Civil Veterinary Department. United Provinces 1923-31 - 1923-1931
Year: 1923
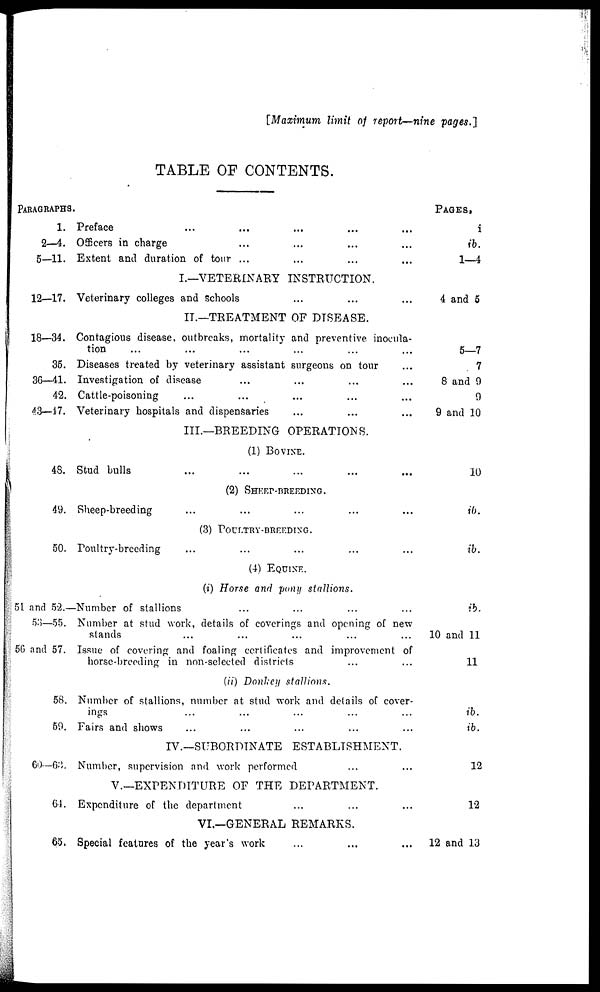
[Maximum limit of report—nine pages.]
TABLE OF CONTENTS.
PARAGRAPHS.
1.
2—4.
5—11.
Preface ... ... ... ...
Officers in charge ... ... ... ...
Extent and duration of tour ... ... ... ...
Pages,
i
ib.
1—4
I.—VETERINARY INSTRUCTION.
12-17. Veterinary colleges and schools ... ... ...
4 and 5
II.—TREATMENT OF DISEASE.
18-34.
35.
36-41.
42.
43—17.
Contagious disease, outbreaks, mortality and preventive inocula-
tion ... ... ... ... ... ...
Diseases treated by veterinary assistant surgeons on tour ...
Investigation of disease ... ... ... ... ...
Cattle-poisoning ... ... ... ... ...
Veterinary hospitals and dispensaries ... ... ...
5—7
7
8 and 9
9
9 and 10
III.—BREEDING OPERATIONS.
(1) BOVINE.
48. Stud bulls ... ... ... ... ...
10
(2) SHEET-BREEDING.
49. Sheep-breeding ... ... ... ... ...
ib.
(3) POULTRY-BREEDING.
50. Poultry-breeding ... ... ... ... ...
ib.
(4) EQUINE.
(i) Horse and pony stallions.
51 and 52.—
53—55.
5G and 57.
Number of stallions ... ... ... ...
Number at stud work, details of coverings and opening of new
stands ... ... ... ... ...
Issue of covering and foaling certificates and improvement of
horse-breeding in non-selected districts ... ...
ib.
10 and 11
11
(ii) Donkey stallions.
58.
59.
Number of stallions, number at stud work and details of cover-
ings ... ... ... ... ...
Fairs and shows ... ... ... ... ...
ib.
ib.
IV.—SUBORDINATE ESTABLISHMENT.
60—62. Number, supervision and work performed ... ...
12
V.—EXPENDITURE OF THE DEPARTMENT.
61. Expenditure of the department ... ... ...
12
VI.—GENERAL REMARKS.
65. Special features of the year's work ... ... ...
12 and 13